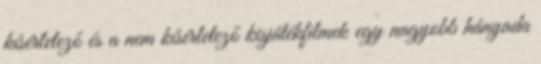
kísérletező és a nem kísérletező kisjátékfilmek egy nagyobb hányada